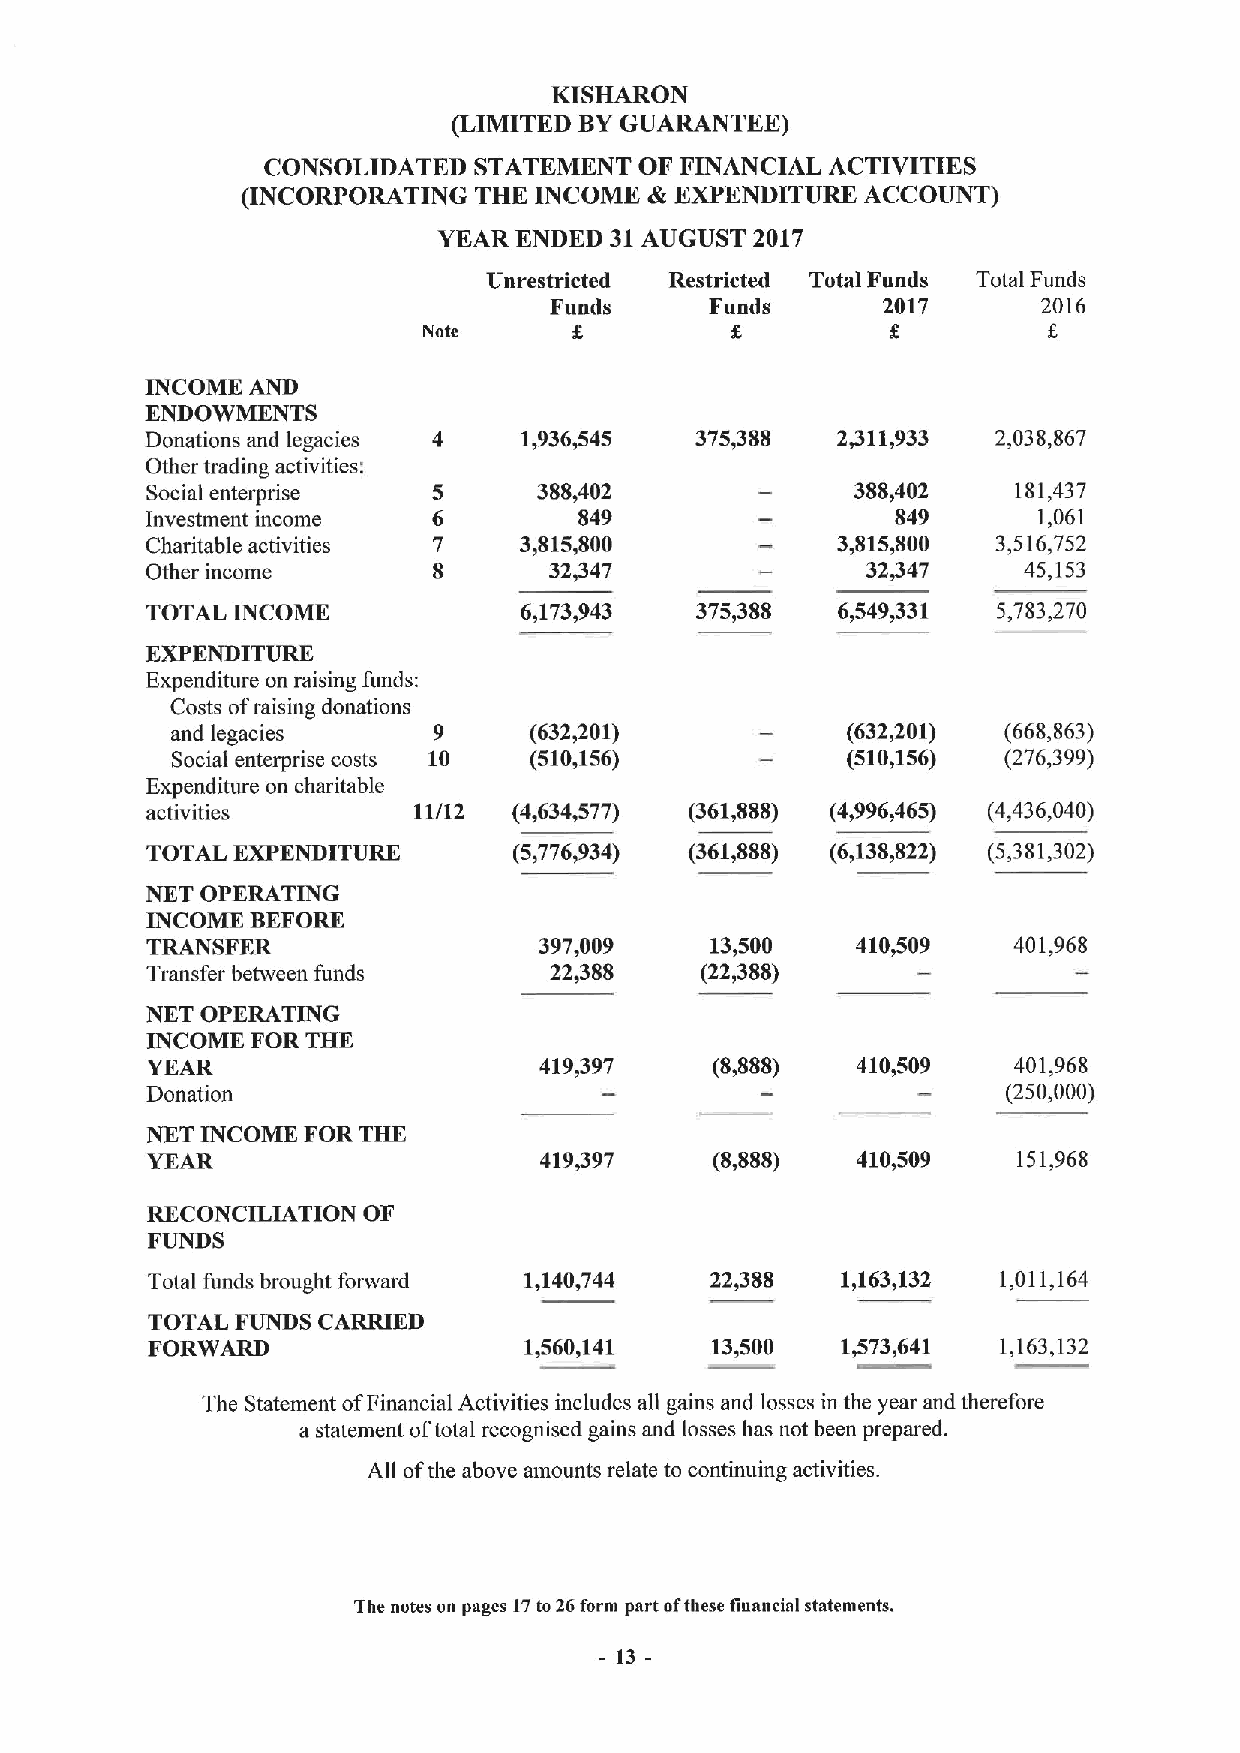
KISHARON
 (LIMITED BYGUARANTEE)
 CONSOLIDATED  STATEMENT  OF FINANCIAL ACTIVITIES
 (INCORPORATING THK INCOME  &EXPENDITURE  ACCOUNT)
 YEAR ENDED 31AUGUST  2017
 Unrestricted Restricted Total Funds Total Funds
 Funds      Funds      2017       2016
 Nate
 INCOME AND
 ENDOWMENTS
 Donations and legacies  1,936,545   375,388  2,311,933  2,038,867
 Other trading activities:
 Social enterprise         388,402              388,402   181,437
 Invesnnent income           849                  849       1,061
 Charitable activities   3,815,800            3,815,800  3,516,752
 Other income              32,347               32/47      45,153
 TOTAL INCOME            6,173,943   375,388  6,549,331  5,783,270
 EXPENDITURE
 Expenditure on raising funds:
 Costs ofraising donations
 and legacies      9     (632,201)            (632,201) (668,863)
 Social enterprise costs 10 (510,156)         (510,156) (276,399)
 Expenditure on charitable
 activities       11/12  (4,634,577) (361,S88) (4,996,465) (4,436,040)
 TOTAL EXPENDITURE       (5,776,934) (361,888) (6,138,822) (5,381,302)
 NET OPERATING
 INCOME BEFORE
 TRANSFER                  397,009    13,500    410,509   401,968
 Transfer between funds    22,388    (22,388)
 NKT OPERATING
 INCOME FOR THE
 YEAR                      419,397    (8,888)   410,509   401,968
 Donation                                                 (250,000)
 NET INCOME FOR THE
 YEAR                      419@97     (8,888)   410,509   151,968
 RECONCILIATION OF
 FUNDS
 Total funds brought forward 1,140,744 22,388  1,163,132 1,011,164
 TOTAL FUNDS CARRIED
 FORWARD                  1,560,141   13,500   1,573,641 1,163,132
 The Statement ofFinancial Activities includes all gains and losses in the year and therefore
 a statement oftotal recognised gains and losses has not been prepared.
 All ofthe above amounts relate to continuing activities.
 The notes on pages 17to26form part ofthese financial statements.
 13